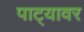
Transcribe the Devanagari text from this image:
पाट्यावर